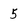
Character: 5